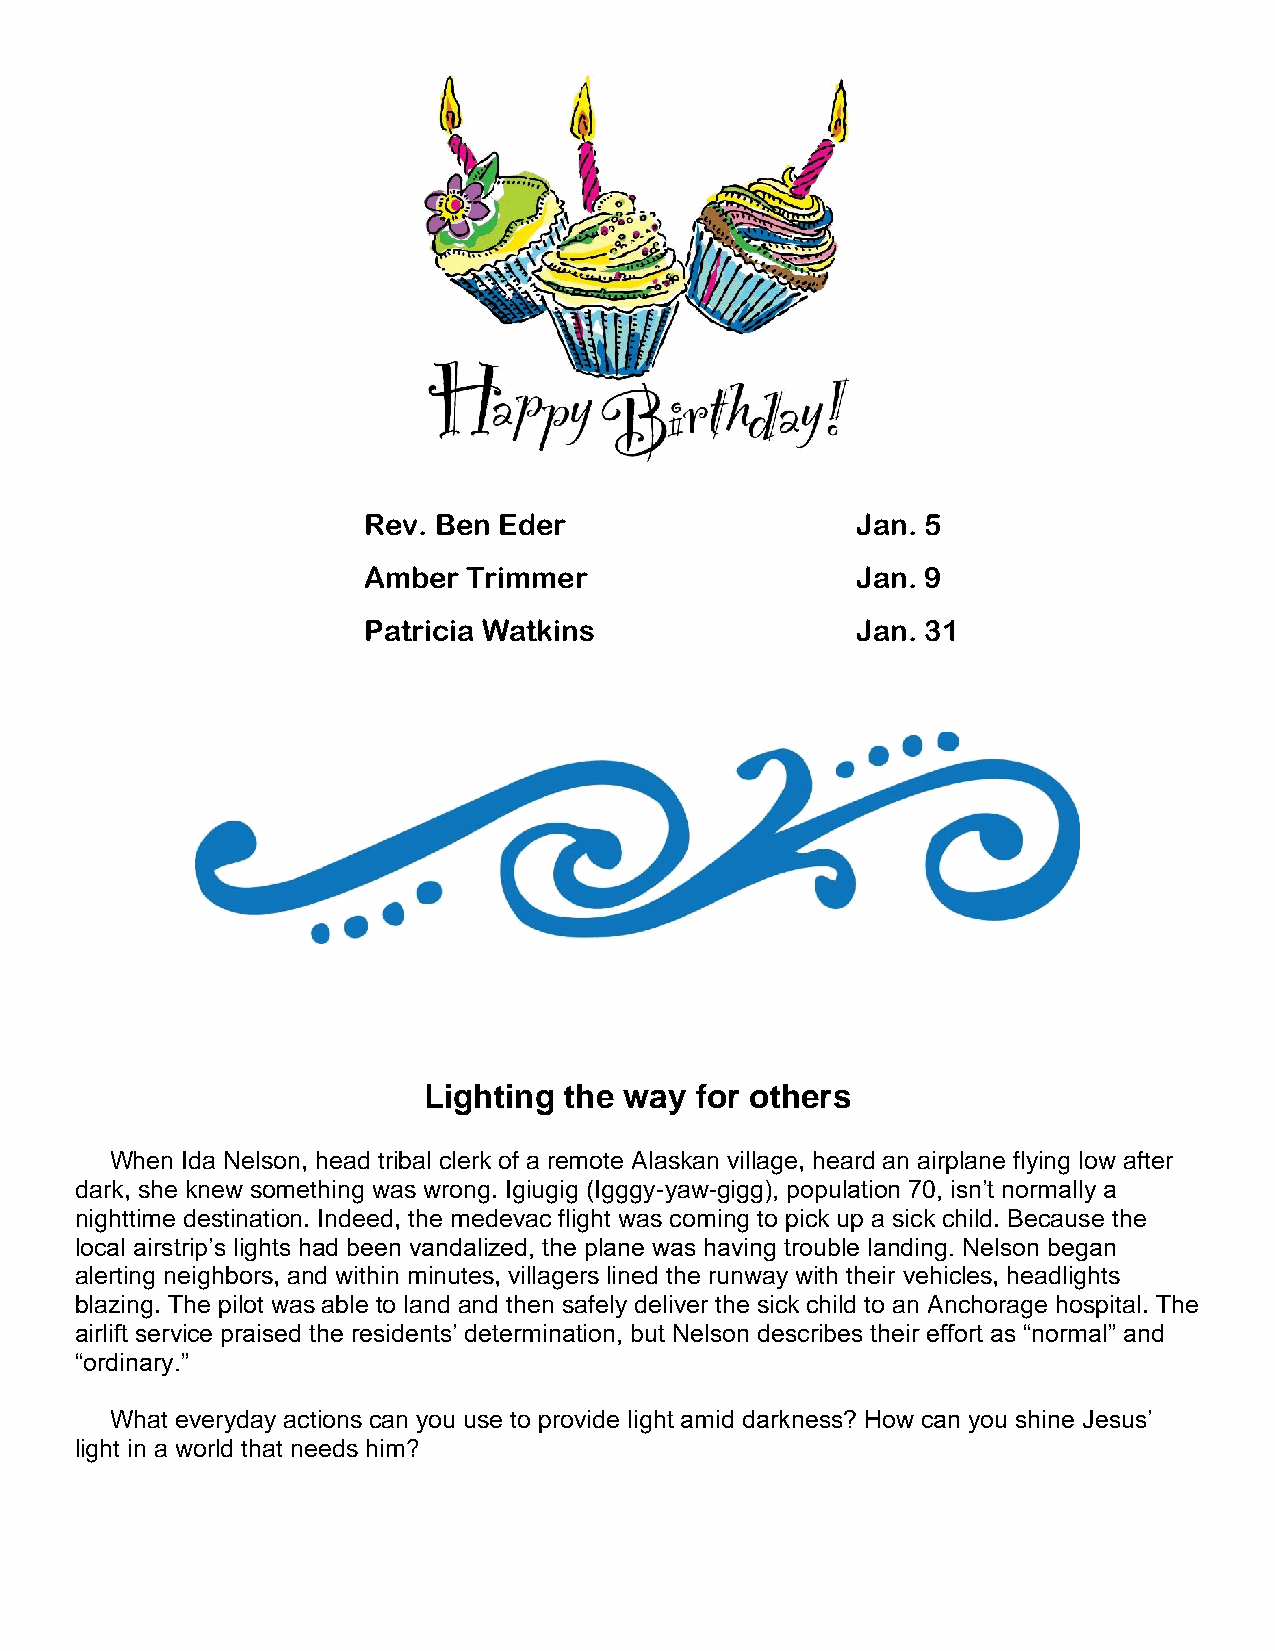
Rev. Ben Eder                    Jan. 5
 Amber  Trimmer                   Jan. 9
 Patricia Watkins                 Jan. 31
 Lighting the way  for others
 When Ida Nelson, head tribal clerk of a remote Alaskan village, heard an airplane flying low after
 dark, she knew something was wrong. Igiugig (Igggy-yaw-gigg), population 70, isn’t normally a
 nighttime destination. Indeed, the medevac flight was coming to pick up a sick child. Because the
 local airstrip’s lights had been vandalized, the plane was having trouble landing. Nelson began
 alerting neighbors, and within minutes, villagers lined the runway with their vehicles, headlights
 blazing. The pilot was able to land and then safely deliver the sick child to an Anchorage hospital. The
 airlift service praised the residents’ determination, but Nelson describes their effort as “normal” and
 “ordinary.”
 What everyday actions can you use to provide light amid darkness? How can you shine Jesus’
 light in a world that needs him?